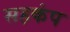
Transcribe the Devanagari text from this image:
सहकंप